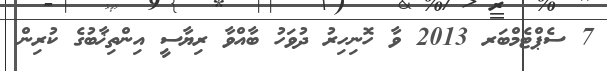
7 ސެޕްޓެމްބަރ 2013 ވާ ހޮނިހިރު ދުވަހު ބާއްވާ ރިޔާސީ އިންތިޚާބުގެ ކުރިން